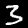
Digit: 3